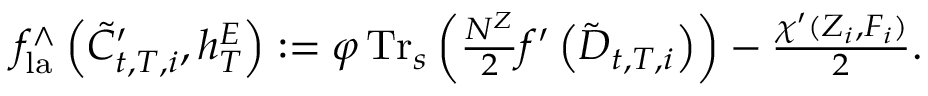
\begin{array} { r l } & { \ \ \ \ f _ { \mathrm { l a } } ^ { \wedge } \left( { \tilde { C } } _ { t , T , i } ^ { \prime } , h _ { T } ^ { E } \right) : = \varphi \operatorname { T r } _ { s } \left( \frac { N ^ { Z } } { 2 } f ^ { \prime } \left( { \tilde { D } } _ { t , T , i } \right) \right) - \frac { \chi ^ { \prime } ( Z _ { i } , F _ { i } ) } { 2 } . } \end{array}